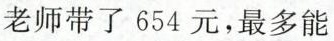
老师带了654元，最多能